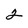
Character: 2